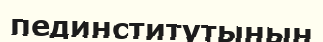
пединститутының